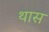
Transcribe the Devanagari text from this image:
थास